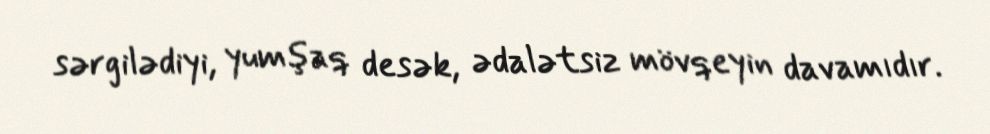
sərgilədiyi, yumşaq desək, ədalətsiz mövqeyin davamıdır.